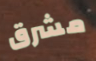
مشرق